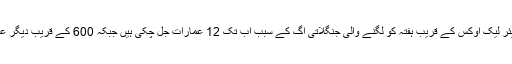
جرمن نشریاتی ادارے کے مطابقکلیئر لیک اوکس کے قریب ہفتہ کو لگنے والی جنگلاتی آگ کے سبب اب تک 12 عمارات جل چکی ہیں جبکہ 600 کے قریب دیگر عمارات اس خطرے سے دو چار ہیں۔